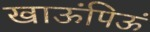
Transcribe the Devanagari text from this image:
खाऊंपिऊं